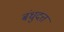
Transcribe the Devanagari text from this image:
बंधुदत्त